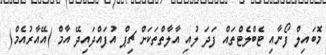
މޮބައިލް ފޯނާއި ޓެބްލެޓްތައް ފަދަ ލުއި އާލާތްތަކަށް ޗިޕް އުފައްދައިދޭ އާމް )އޭއާރުއެމް(